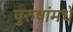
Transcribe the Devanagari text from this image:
पुरुषांमधे